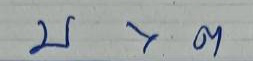
บน x โต๊ด